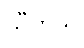
သီဟသူ